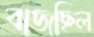
বাজছিল